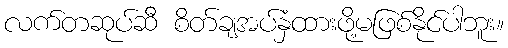
လက်တဆုပ်ဆီ စိတ်ချအပ်နှံထားဖို့မဖြစ်နိုင်ပါဘူး။